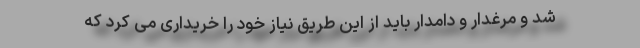
شد و مرغدار و دامدار باید از این طریق نیاز خود را خریداری می کرد که